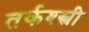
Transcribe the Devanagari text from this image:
तर्कश्स्त्री